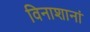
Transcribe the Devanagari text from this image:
विनाशानां